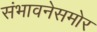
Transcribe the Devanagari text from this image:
संभावनेसमोर